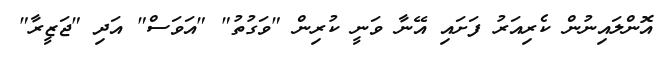
އޮންލައިނުން ކެރިއަރު ފަށައި އޭނާ ވަނީ ކުރިން "ވަގުތު" "އަވަސް" އަދި "ޖަޒީރާ"